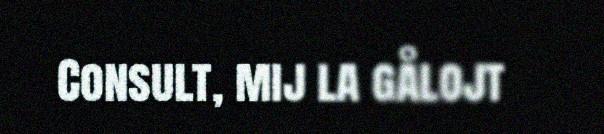
Consult, mij la gålojt